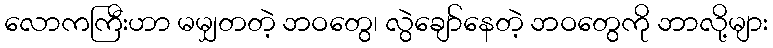
လောကကြီးဟာ မမျှတတဲ့ ဘဝတွေ၊ လွဲချော်နေတဲ့ ဘဝတွေကို ဘာလို့များ